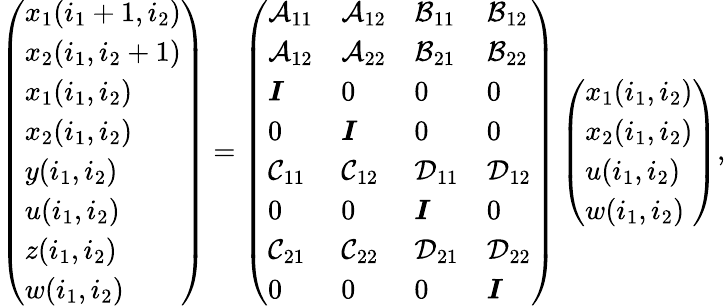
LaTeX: \begin{array}{r}{\left(\begin{array}{l}{x_{1}(i_{1}+1,i_{2})}\\ {x_{2}(i_{1},i_{2}+1)}\\ {x_{1}(i_{1},i_{2})}\\ {x_{2}(i_{1},i_{2})}\\ {y(i_{1},i_{2})}\\ {u(i_{1},i_{2})}\\ {z(i_{1},i_{2})}\\ {w(i_{1},i_{2})}\end{array}\right)=\left(\begin{array}{llll}{\mathcal{A}_{11}}&{\mathcal{A}_{12}}&{\mathcal{B}_{11}}&{\mathcal{B}_{12}}\\ {\mathcal{A}_{12}}&{\mathcal{A}_{22}}&{\mathcal{B}_{21}}&{\mathcal{B}_{22}}\\ {\boldsymbol{I}}&{0}&{0}&{0}\\ {0}&{\boldsymbol{I}}&{0}&{0}\\ {\mathcal{C}_{11}}&{\mathcal{C}_{12}}&{\mathcal{D}_{11}}&{\mathcal{D}_{12}}\\ {0}&{0}&{\boldsymbol{I}}&{0}\\ {\mathcal{C}_{21}}&{\mathcal{C}_{22}}&{\mathcal{D}_{21}}&{\mathcal{D}_{22}}\\ {0}&{0}&{0}&{\boldsymbol{I}}\end{array}\right)\left(\begin{array}{l}{x_{1}(i_{1},i_{2})}\\ {x_{2}(i_{1},i_{2})}\\ {u(i_{1},i_{2})}\\ {w(i_{1},i_{2})}\end{array}\right),}\end{array}